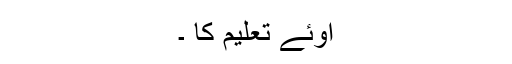
اوئے تعلیم کا ۔